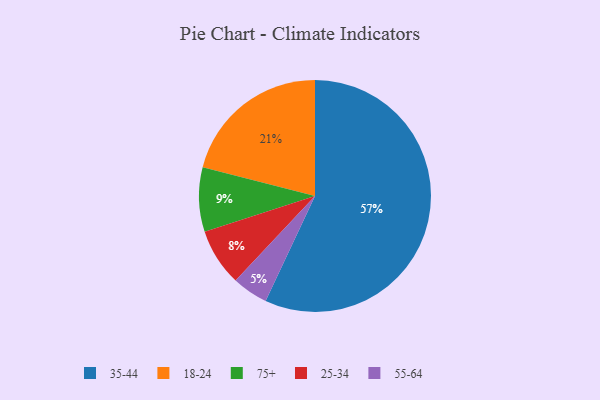
{"axis": {"x": "Category", "y": "Percentage"}, "legend": ["18-24", "25-34", "35-44", "55-64", "75+"], "data": [{"x": "35-44", "y": 57, "type": "35-44"}, {"x": "55-64", "y": 5, "type": "55-64"}, {"x": "75+", "y": 9, "type": "75+"}, {"x": "25-34", "y": 8, "type": "25-34"}, {"x": "18-24", "y": 21, "type": "18-24"}]}